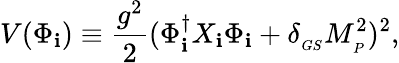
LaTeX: V(\Phi_{\mathbf{i}})\equiv{\frac{{g^{2}}}{{2}}}(\Phi_{\mathbf{i}}^{\dagger}X_{\mathbf{i}}\Phi_{\mathbf{i}}+\delta_{_{GS}}M_{_P}^{2})^{2},